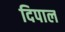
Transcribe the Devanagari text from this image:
दिपाल